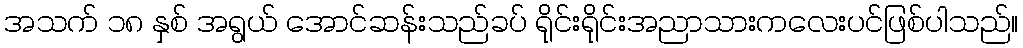
အသက် ၁၈ နှစ် အရွယ် အောင်ဆန်းသည်ခပ် ရိုင်းရိုင်းအညာသားကလေးပင်ဖြစ်ပါသည်။